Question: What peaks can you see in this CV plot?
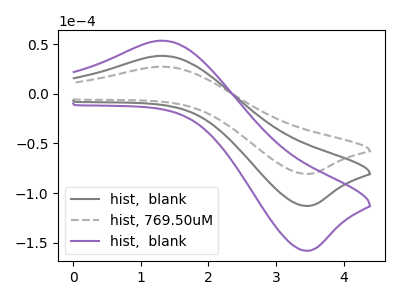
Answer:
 <answer>The gray curve "hist,  blank" has an anodic peak at (1.30V, 38.25uA) and a cathodic peak at (3.45V, -113.05uA). The gray dashed curve "hist, 769.50uM" has an anodic peak at (1.30V, 27.35uA) and a cathodic peak at (3.45V, -80.80uA). The purple curve "hist,  blank" has an anodic peak at (1.30V, 76.55uA) and a cathodic peak at (3.45V, -226.10uA).</answer>
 <eval></eval>